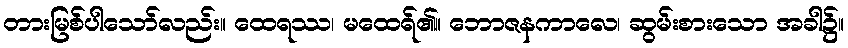
တားမြစ်ပါသော်လည်း။ ထေရဿ၊ မထေရ်၏။ ဘောဇနကာလေ၊ ဆွမ်းစားသော အခါ၌။